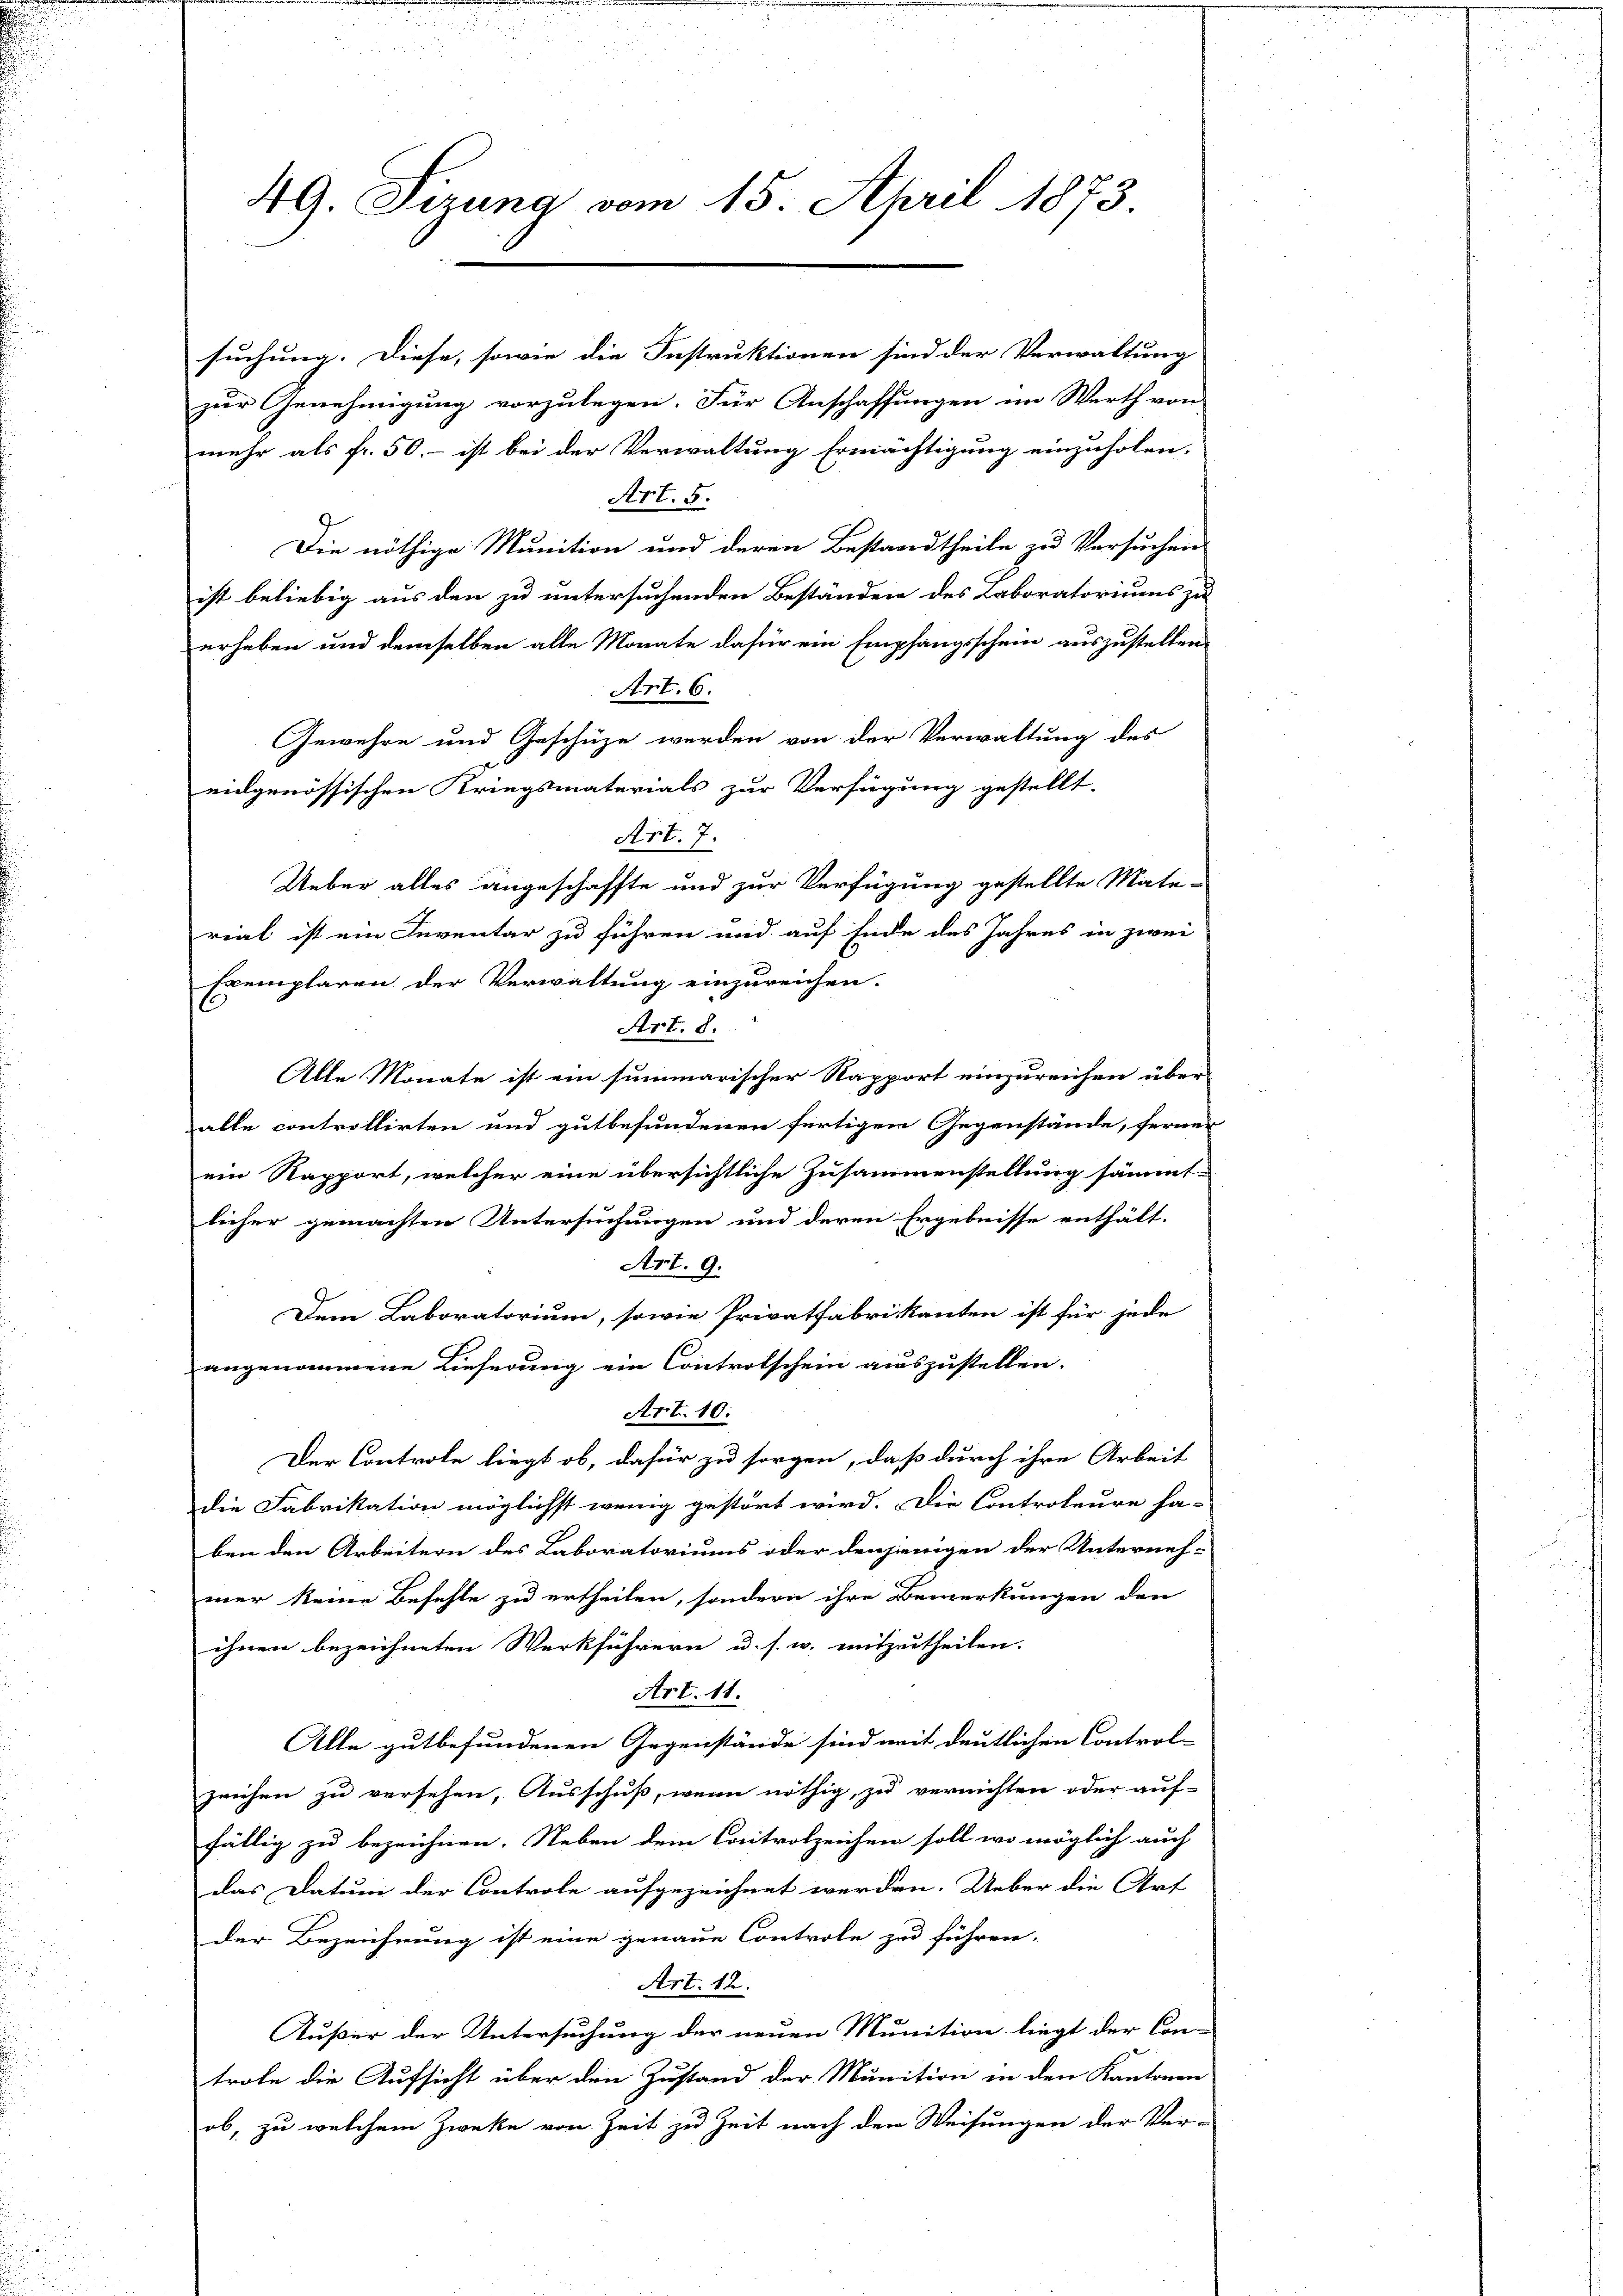
49. Sizung vom 15. April 1873.

suchung. Diese, sowie die Instruktionen sind der Verwaltung
zur Genehmigung vorzulegen. Für Anschaffungen im Werth von
mehr als fr. 50.- ist bei der Verwaltung Ermächtigung einzuholen.
Art. 5.
Die nöthige Munition und deren Bestandtheile zu Versuchen
ist beliebig aus den zu untersuchenden Beständen des Laboratoriums zu
erheben und demselben alle Monate dafür ein Empfangsschein auszustellen.
Art. 6.
Gewehre und Geschüze werden von der Verwaltung des
eidgenössischen Kriegsmaterials zur Verfügung gestellt.
rial ist ein Inventar zu führen und auf Ende des Jahres in zwei
Exemplaren der Verwaltung einzureichen.
Art. 8.
Alle Monate ist ein summarischer Rapport einzureichen über
alle controllirten und gutbefundenen fertigen Gegenstände, ferner
ein Rapport, welcher eine übersichtliche Zusammenstellung sämmt-
licher gemachten Untersuchungen und deren Ergebnisse enthält-
Art. 9.
Dem Laboratorium, sowie Privatfabrikanten ist für jede
angenommene Lieferung ein Controlschein auszustellen.
Art. 10.
Der Controle liegt ob, dafür zu sorgen, daß durch ihre Arbeit
die Fabrikation möglichst wenig gestört wird. Die Controleure ha-
ben den Arbeitern des Laboratoriums oder denjenigen der Unterneh-
mer keine Befehle zu ertheilen, sondern ihre Bemerkungen den
ihnen bezeichneten Werkführern u. s. w. mitzutheilen.
Art. 11.
Alle gutbefundenen Gegenstände sind mit deutlichen Control-
zeichen zu versehen, Ausschuß, wenn nöthig, zu vernichten oder auf-
fällig zu bezeichnen. Neben dem Controlzeichen soll wo möglich auch
das Datum der Controle aufgezeichnet werden. Ueber die Art
der Bezeichnung ist eine genaue Controle zu führen.
Art. 12.
Äußer der Untersuchung der neuen Munition liegt der Con-
trole die Aufsicht über den Zustand der Munition in den Kantonen
ob, zu welchem Zwecke von Zeit zu Zeit nach den Weisungen der Ver-

Art. 7.
Ueber alles angeschaffte und zur Verfügung gestellte Mate-